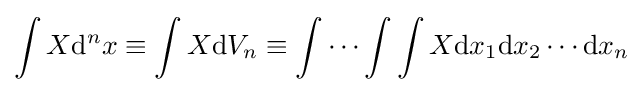
\int X\mathrm {d} ^{n}x\equiv \int X\mathrm {d} V_{n}\equiv \int \cdots \int \int X\mathrm {d} x_{1}\mathrm {d} x_{2}\cdots \mathrm {d} x_{n}